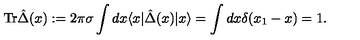
\mathrm { T r } \hat { \Delta } ( x ) : = 2 \pi \sigma \int d x \langle x | \hat { \Delta } ( x ) | x \rangle = \int d x \delta ( x _ { 1 } - x ) = 1 .